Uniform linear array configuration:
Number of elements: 16
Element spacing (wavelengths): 0.75
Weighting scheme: exponential
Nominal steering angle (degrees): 15
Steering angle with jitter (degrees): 15.851
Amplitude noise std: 0.05
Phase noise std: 0.05

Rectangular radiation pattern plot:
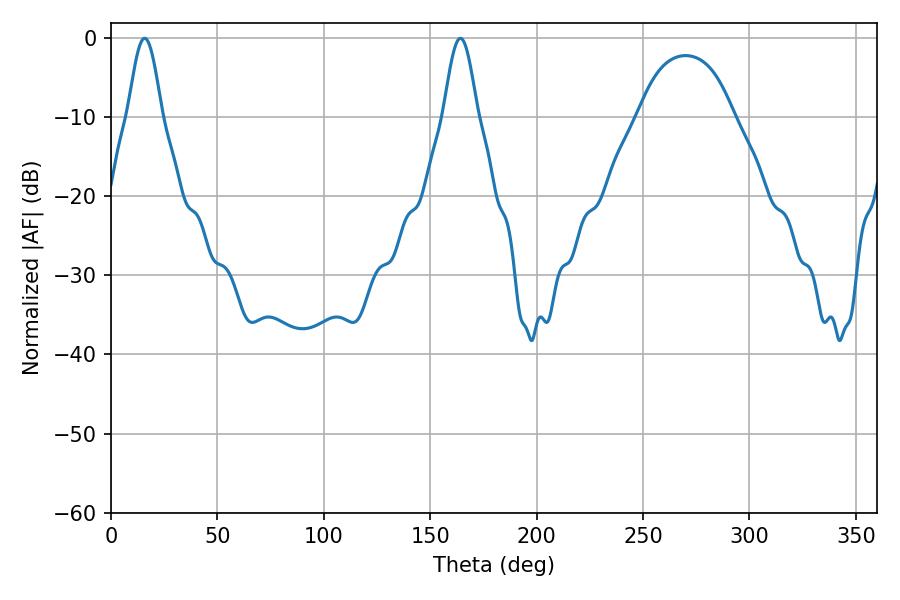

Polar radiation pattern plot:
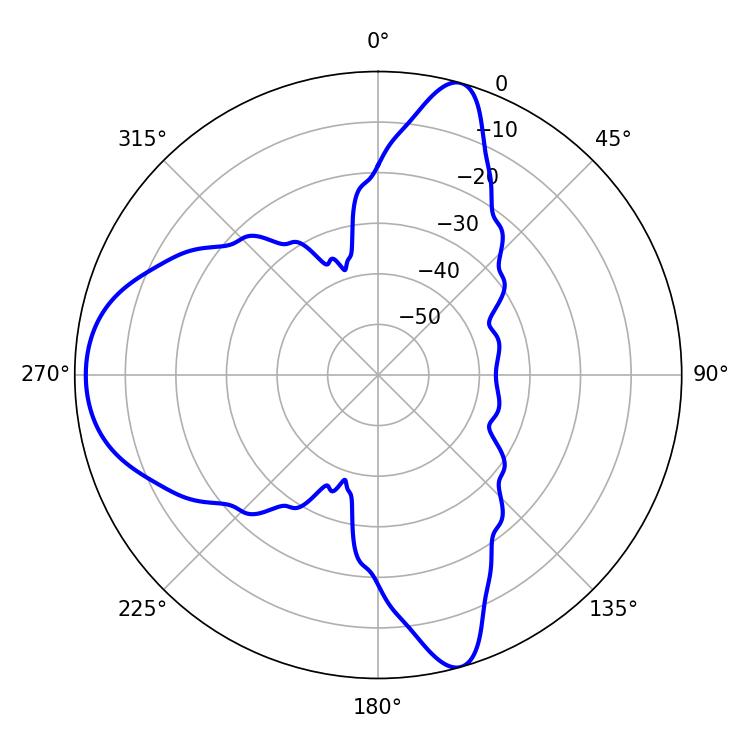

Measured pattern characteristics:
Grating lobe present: TRUE
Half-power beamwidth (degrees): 8.46
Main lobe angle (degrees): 15.84